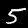
Digit: 5